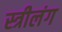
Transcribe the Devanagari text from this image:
स्त्रीलंग